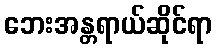
ဘေးအန္တရာယ်ဆိုင်ရာ